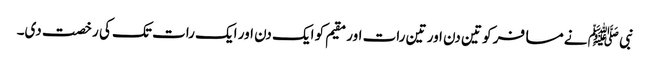
نبی ﷺ نے مسافر کو تین دن اور تین رات اور مقیم کو ایک دن اور ایک رات تک کی رخصت دی۔